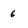
Character: 6